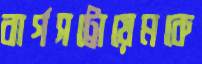
বার্গসট্রোয়েমকে